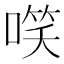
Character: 㗛